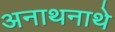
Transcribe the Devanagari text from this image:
अनाथनाथे